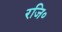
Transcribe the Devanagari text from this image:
रजि०